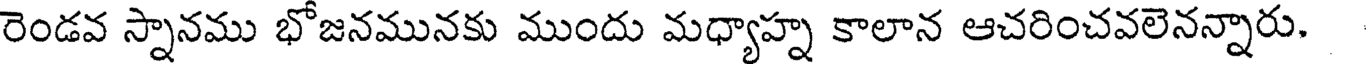
రెండవ స్నానము భోజనమునకు ముందు మధ్యాహ్న కాలాన ఆచరించవలెనన్నారు.